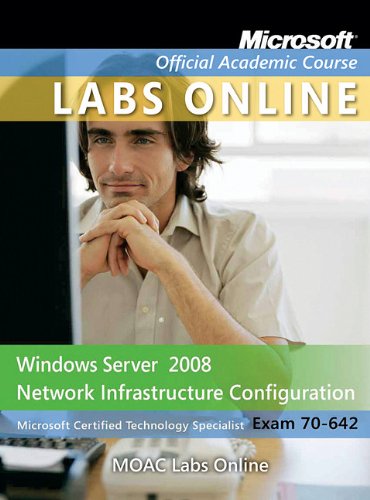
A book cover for Exam 70-642: Windows Server 2008 Network Infrastructure Configuration with MOAC Labs Online Set; Microsoft Official Academic Course; Computers & Technology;